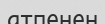
атпенен